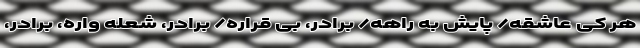
هر کی عاشقه/ پایش به راهه/ برادر، بی قراره/ برادر، شعله واره، برادر،